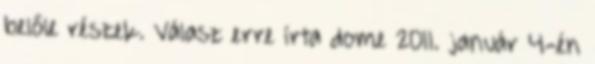
belőle részek. Válasz erre írta dome 2011. január 4-én